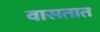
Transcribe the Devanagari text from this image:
वासतात